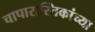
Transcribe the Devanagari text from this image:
चापारास्तिकांच्या